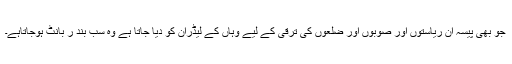
جو بھی پیسہ ان ریاستوں اور صوبوں اور ضلعوں کی ترقی کے لیے وہاں کے لیڈران کو دیا جاتا ہے وہ سب بند ر بانٹ ہوجاتاہے۔